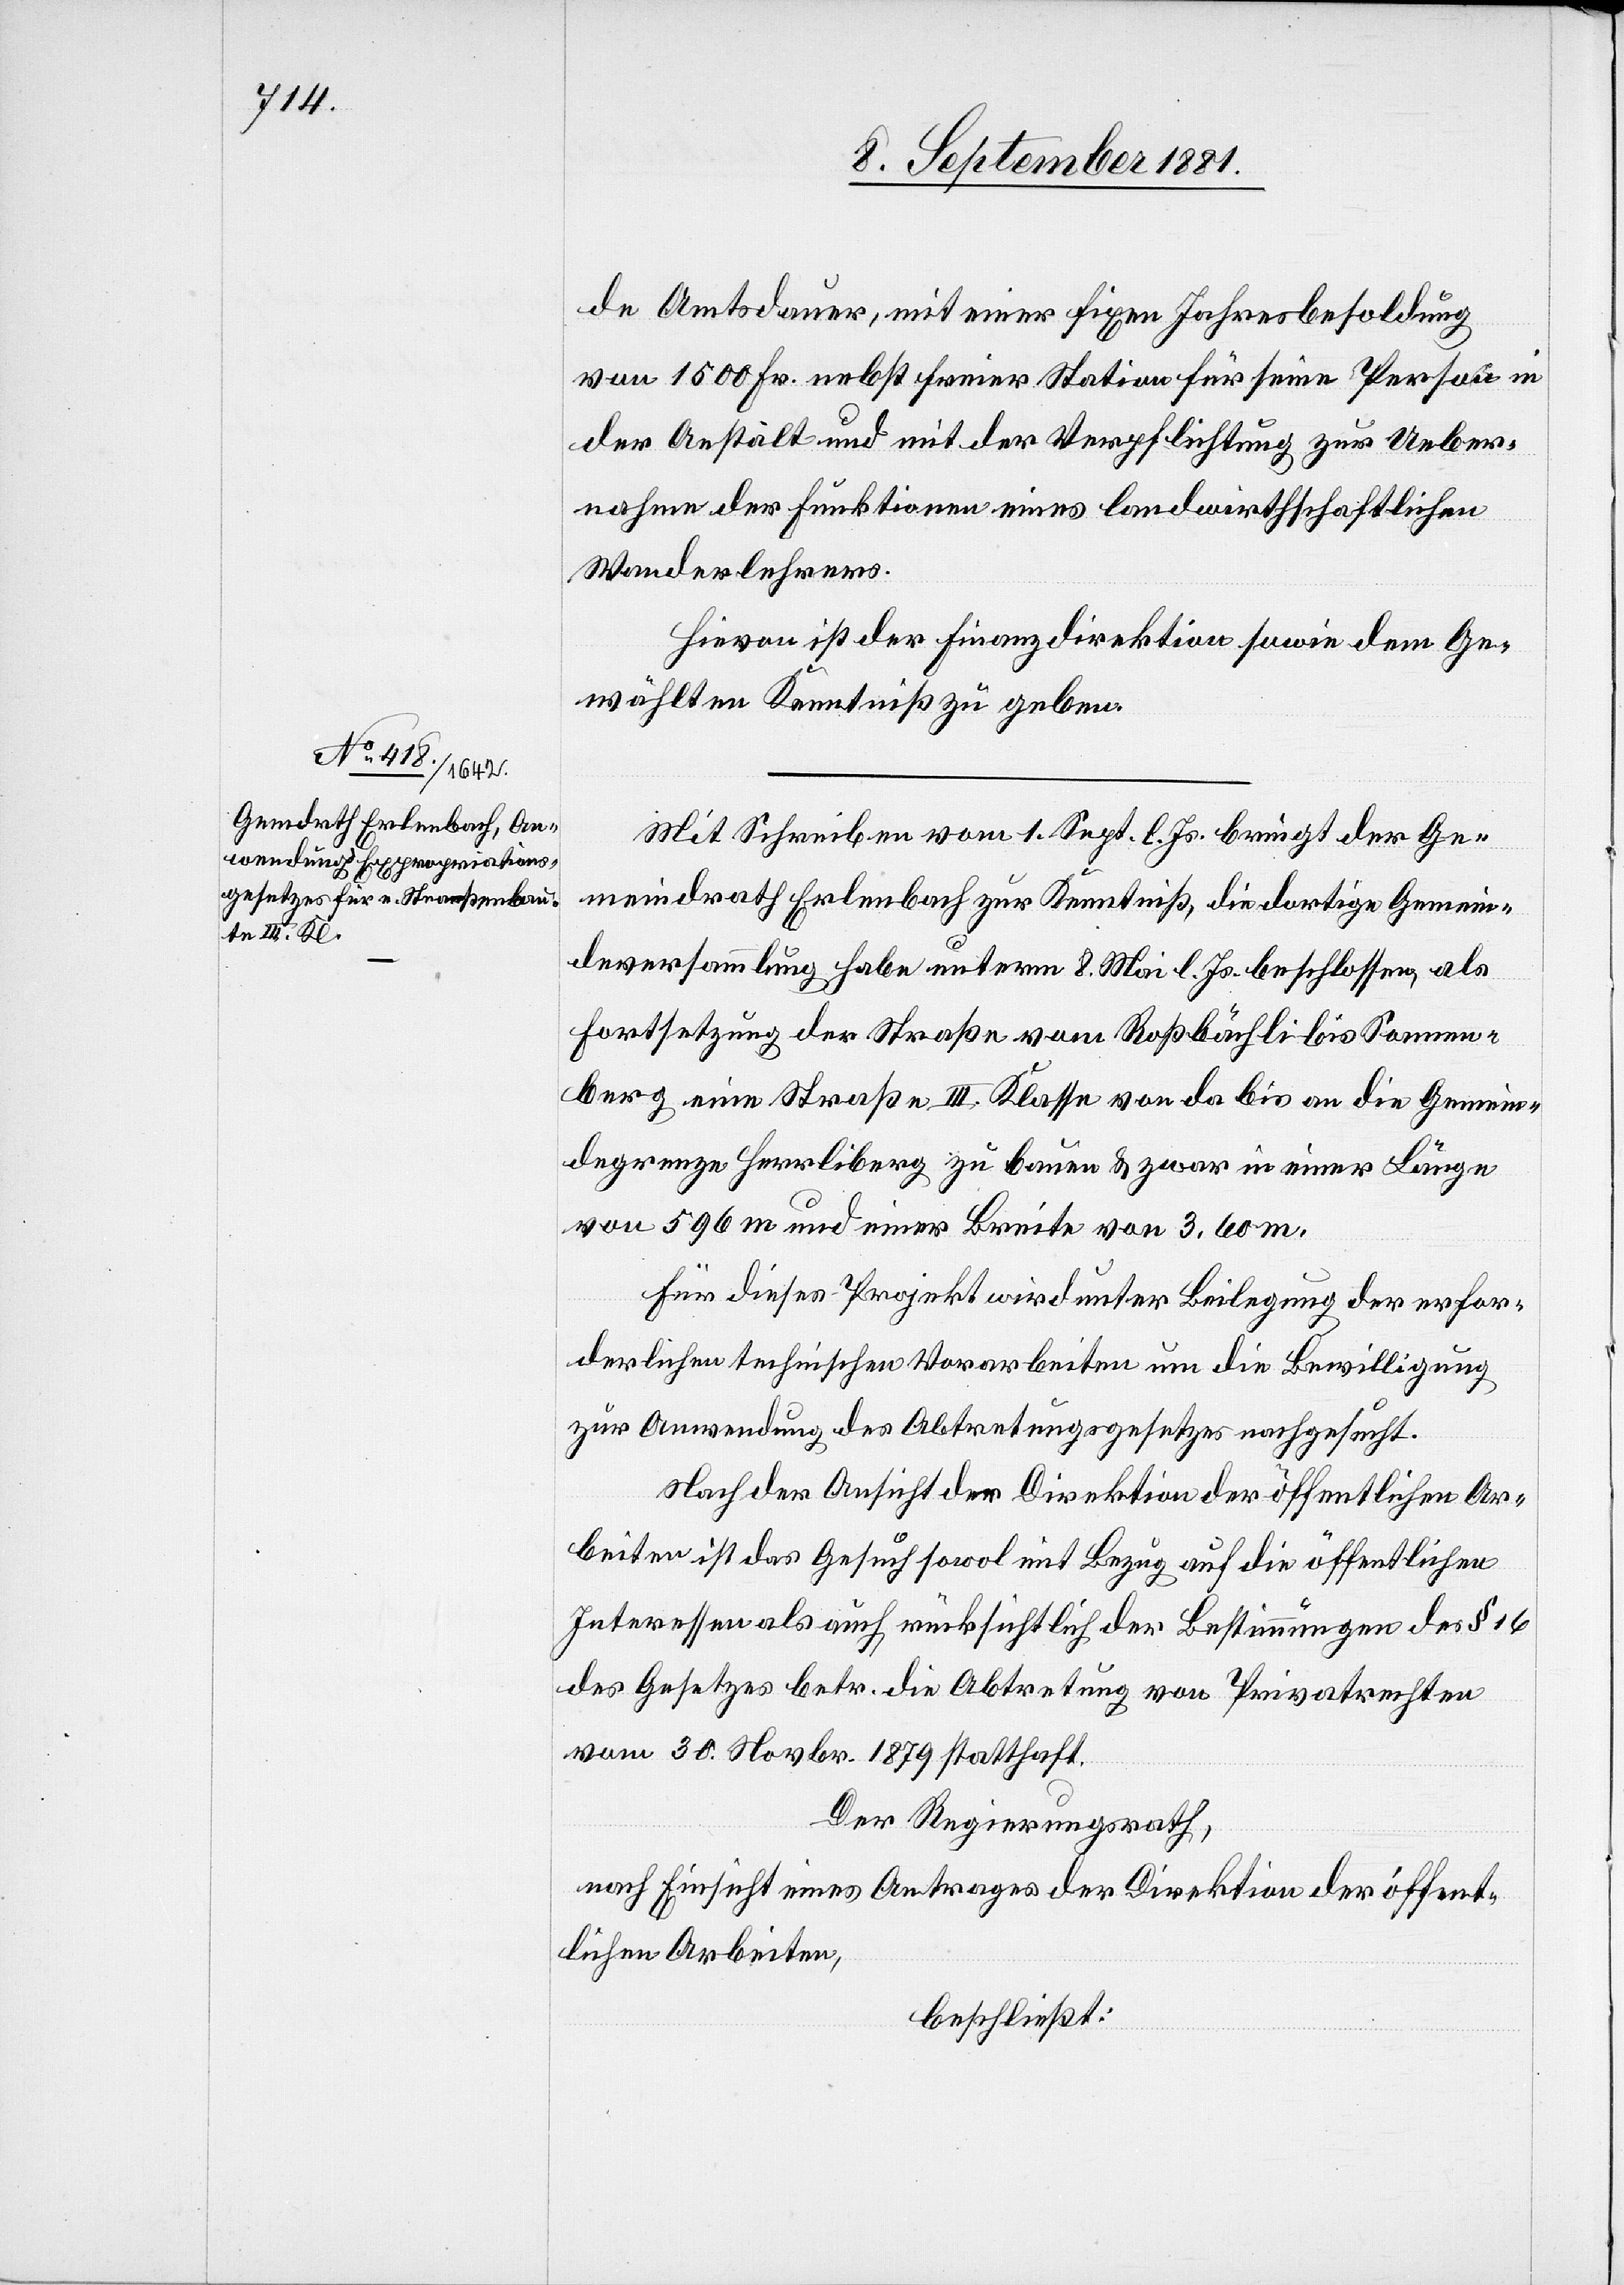
de Amtsdauer, mit einer fixen Jahresbesoldung
von 1500 Fr. nebst freier Station für seine Person in
der Anstalt und mit der Verpflichtung zur Ueber¬
nahme der Funktionen eines landwirthschaftlichen
Wanderlehrers.
Hievon ist der Finanzdirektion sowie dem Ge¬
wählten Kenntniß zu geben.
Mit Schreiben vom 1. Sept. l. Js. bringt der Ge¬
meindrath Erlenbach zur Kenntniß, die dortige Gemein¬
deversammlung habe unterm 8. Mai l. Js. beschlossen, als
Fortsetzung der Straße von Roßbächli bis Sonnen¬
berg eine Straße III. Klasse von da bis an die Gemein¬
degrenze Herrliberg zu bauen & zwar in einer Länge
von 596m und einer Breite von 3,60m.
Für dieses Projekt wird unter Beilegung der erfor¬
derlichen technischen Vorarbeiten um die Bewilligung
zur Anwendung des Abtretungsgesetzes nachgesucht.
Nach der Ansicht der Direktion der öffentlichen Ar¬
beiten ist das Gesuch sowol mit Bezug auf die öffentlichen
Interessen als auch rücksichtlich der Bestimmungen des § 16
des Gesetzes betr. die Abtretung von Privatrechten
vom 30. Novbr. 1879 statthaft.
Der Regierungsrath,
nach Einsicht eines Antrages der Direktion der öffent¬
lichen Arbeiten,
beschließt: